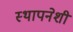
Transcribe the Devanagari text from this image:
स्थापनेशी